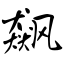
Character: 飙